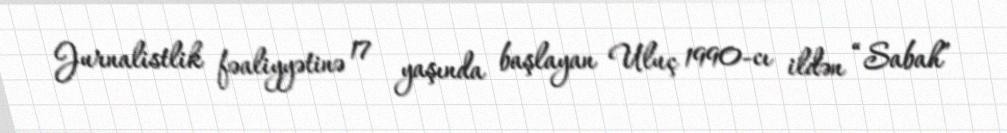
Jurnalistlik fəaliyyətinə 17 yaşında başlayan Uluç 1990-cı ildən “Sabah”